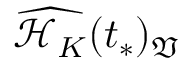
\widehat { \mathcal { H } _ { K } } ( t _ { * } ) _ { \mathfrak { V } }